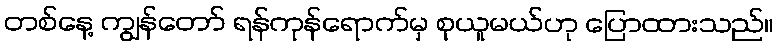
တစ်နေ့ ကျွန်တော် ရန်ကုန်ရောက်မှ စုယူမယ်ဟု ပြောထားသည်။